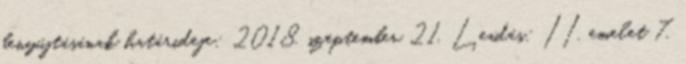
benyújtásának határideje: 2018. szeptember 21. Leadás: II. emelet 7.